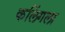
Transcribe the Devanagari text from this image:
कलिंगला